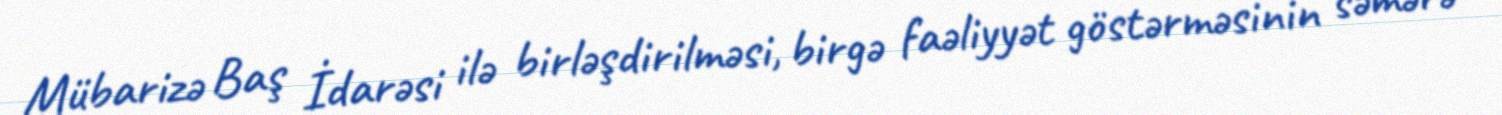
Mübarizə Baş İdarəsi ilə birləşdirilməsi, birgə faəliyyət göstərməsinin səmərə